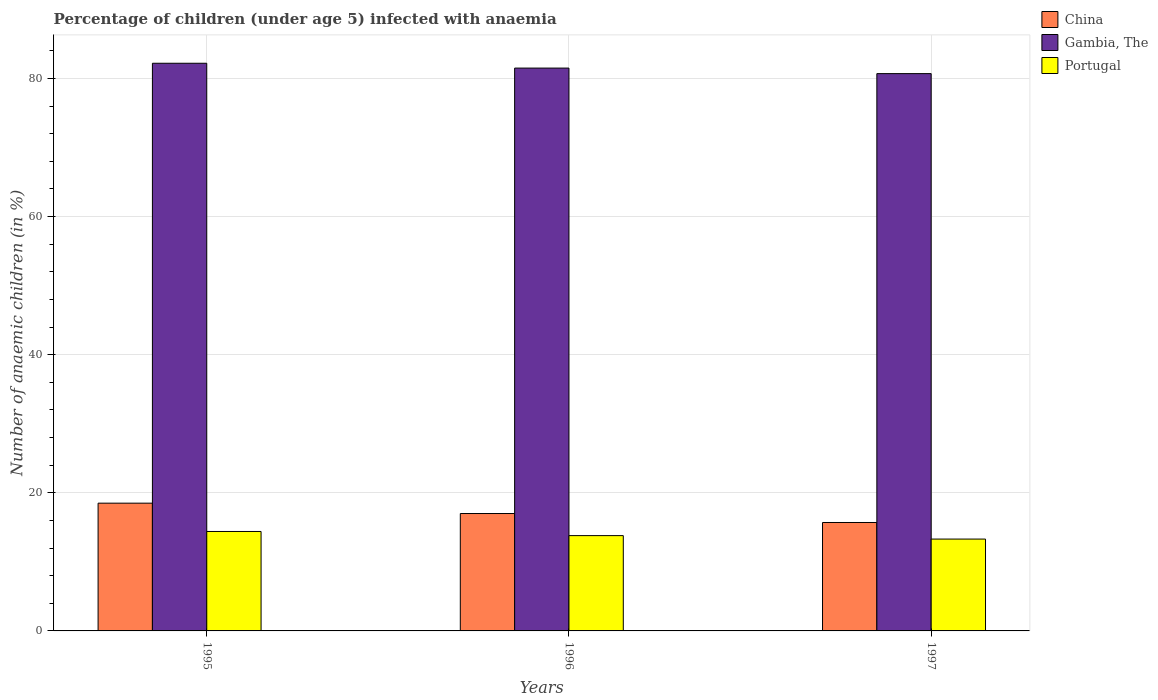
| Years | China | Gambia, The | Portugal |
 | --- | --- | --- | --- |
 | 1995 | 18.5 | 82.2 | 14.4 |
 | 1996 | 17 | 81.5 | 13.8 |
 | 1997 | 15.7 | 80.7 | 13.3 |